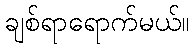
ချစ်ရာရောက်မယ်။